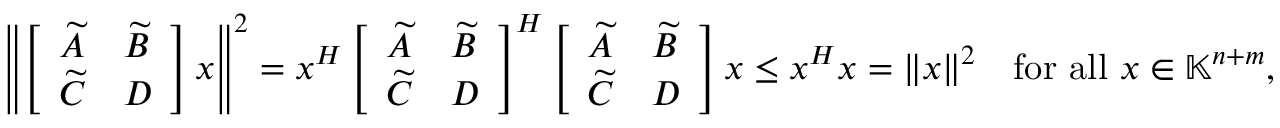
\left\| \left[ \begin{array} { l l } { \widetilde { A } } & { \widetilde { B } } \\ { \widetilde { C } } & { D } \end{array} \right] x \right\| ^ { 2 } = x ^ { H } \left[ \begin{array} { l l } { \widetilde { A } } & { \widetilde { B } } \\ { \widetilde { C } } & { D } \end{array} \right] ^ { H } \left[ \begin{array} { l l } { \widetilde { A } } & { \widetilde { B } } \\ { \widetilde { C } } & { D } \end{array} \right] x \leq x ^ { H } x = \| x \| ^ { 2 } \quad \mathrm { f o r ~ a l l ~ } x \in \mathbb { K } ^ { n + m } ,